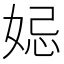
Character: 𡜱